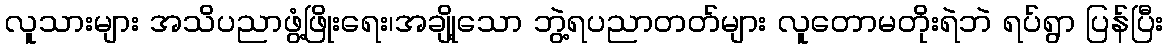
လူသားများ အသိပညာဖွံ့ဖြိုးရေး၊အချို့သော ဘွဲ့ရပညာတတ်များ လူတောမတိုးရဲဘဲ ရပ်ရွာ ပြန်ပြီး